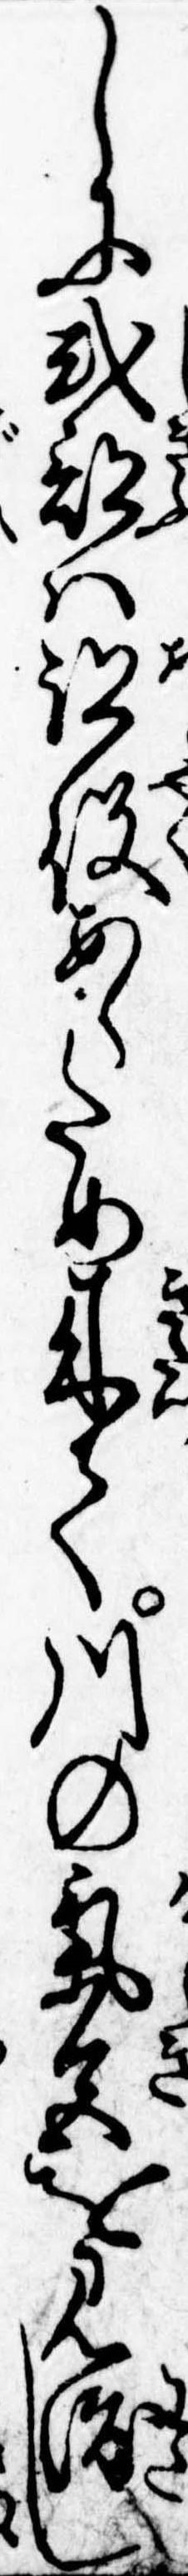
しに式部は跡役あらため来て川の気色を見渡し